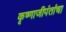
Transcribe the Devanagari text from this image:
कृष्णाजीपंतांचा